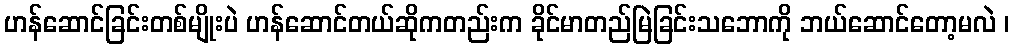
ဟန်ဆောင်ခြင်းတစ်မျိုးပဲ ဟန်ဆောင်တယ်ဆိုကတည်းက ခိုင်မာတည်မြဲခြင်းသဘောကို ဘယ်ဆောင်တော့မလဲ ၊